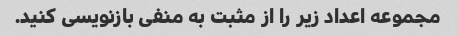
مجموعه اعداد زیر را از مثبت به منفی بازنویسی کنید.